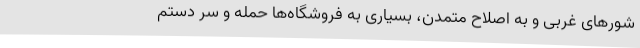
شورهای غربی و به اصلاح متمدن، بسیاری به فروشگاه‌ها حمله و سر دستم